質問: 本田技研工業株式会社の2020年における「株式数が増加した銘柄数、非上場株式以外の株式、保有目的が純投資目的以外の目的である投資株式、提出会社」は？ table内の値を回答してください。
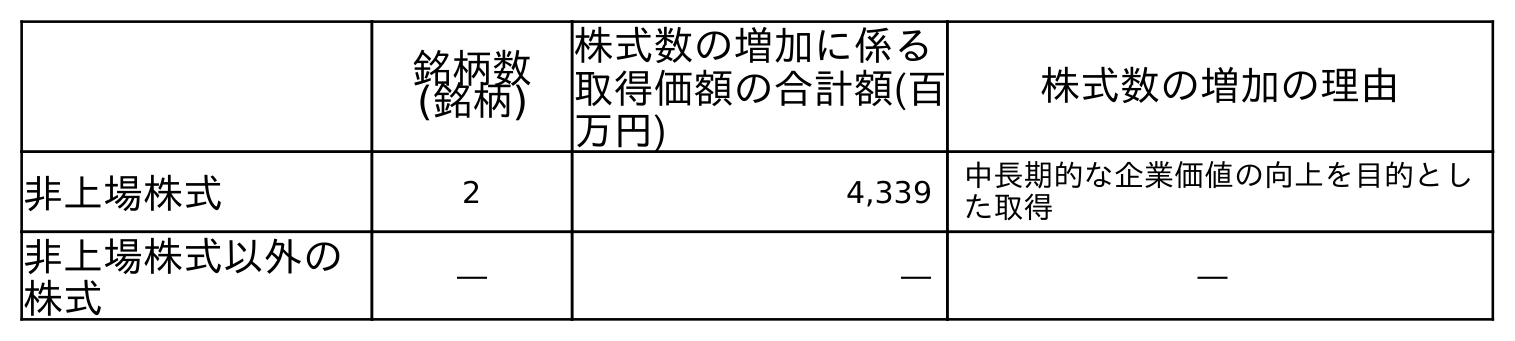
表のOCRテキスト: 銘柄数 (銘柄) 株式数の増加に係る 取得価額の合計額(百 万円) 株式数の増加の理由 非上場株式 2 4,339 中長期的な企業価値の向上を目的とし た取得 非上場株式以外の 株式 ― ― ―
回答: ―